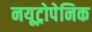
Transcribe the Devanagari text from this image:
नयूट्रोपेनिक